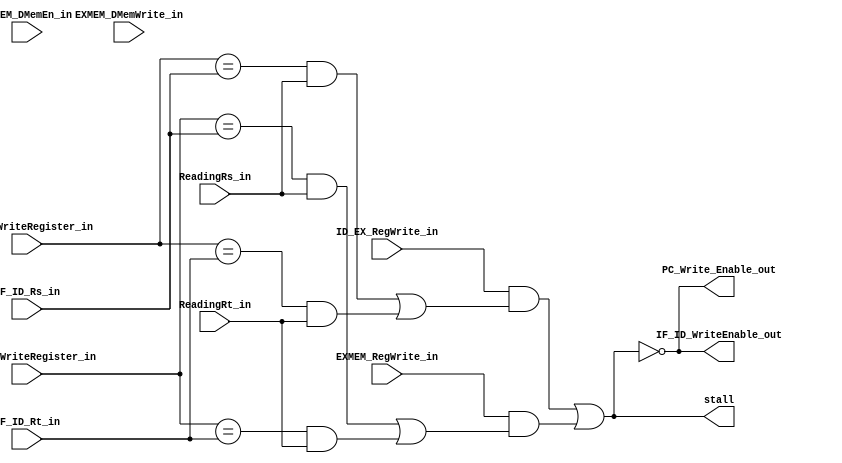
module Hazard_Detector (  ID_EX_RegWrite_in, 
						EXMEM_RegWrite_in, 
						EXMEM_DMemEn_in, 
						EXMEM_DMemWrite_in, 
						IF_ID_Rs_in, 
						IF_ID_Rt_in, 
						ID_EX_WriteRegister_in, 
						
						EX_Mem_WriteRegister_in,
						stall, 
						PC_Write_Enable_out, 
						IF_ID_WriteEnable_out,
						ReadingRs_in,
						ReadingRt_in);

	input ID_EX_RegWrite_in, EXMEM_RegWrite_in, EXMEM_DMemEn_in, 
		  EXMEM_DMemWrite_in, 
		 	ReadingRs_in, ReadingRt_in;
	input [2:0] IF_ID_Rs_in, IF_ID_Rt_in, EX_Mem_WriteRegister_in, 
				ID_EX_WriteRegister_in; 

	//TODO: HASAB?????????????????????????????????????????????????????????????????????????????????????????????????
	output stall, PC_Write_Enable_out, IF_ID_WriteEnable_out; 

	// use bits [10:8] of instruction to figure out what Rs should be 
	// use bits [7:5] of instruction to figure out what Rt should be 

	//Stall conditions

	//bits [10:8] = Rs = ReadRegister1 
	//ID/EX.WriteRegister = IF/ID.ReadRegister1

	wire 	ID_EX_raw_Rs, ID_EX_raw_Rt,
			EX_MEM_raw_Rs, EX_MEM_raw_Rt,
			ID_EX_stall, EX_MEM_stall;
	
	assign ID_EX_raw_Rs = (ID_EX_WriteRegister_in == IF_ID_Rs_in) & ReadingRs_in; //pipeline

	//bits [7:5] = Rt = ReadReg2
	//ID/EX.WriteRegister = IF/ID.ReadRegister2 
	assign ID_EX_raw_Rt = (ID_EX_WriteRegister_in == IF_ID_Rt_in) & ReadingRt_in; //&& EX_MEM.RegWrite && IF_ID.ReadingRt

	//EX/MEM.WriteRegister = IF/ID.ReadRegister1
	assign EX_MEM_raw_Rs = (EX_Mem_WriteRegister_in == IF_ID_Rs_in) & ReadingRs_in; 

	//EX/MEM.WriteRegister = IF/ID.ReadRegister2 (for Mem to Mem (LD & ST) forwarding make sure you don't stall)
	assign EX_MEM_raw_Rt = (EX_Mem_WriteRegister_in == IF_ID_Rt_in) & ReadingRt_in; //&& (EX_MEM.RegWrite) && IF_ID.ReadingRt && ((ID_EX.Rd !=  IF_ID.Rt) || !ID_EX.RegWrite))
	

	//Stall Conditions
	assign ID_EX_stall = ID_EX_RegWrite_in & (ID_EX_raw_Rs | ID_EX_raw_Rt);
	assign EX_MEM_stall = EXMEM_RegWrite_in & (EX_MEM_raw_Rs | EX_MEM_raw_Rt);


	// outputs of Hazard Detector
	assign stall = (ID_EX_stall | EX_MEM_stall); // Since we're doing bypassing, don't have to worry about MEM_WB
	assign PC_Write_Enable_out = ~stall;
	assign IF_ID_WriteEnable_out = ~stall;

endmodule